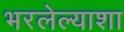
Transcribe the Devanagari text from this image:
भरलेल्याशा